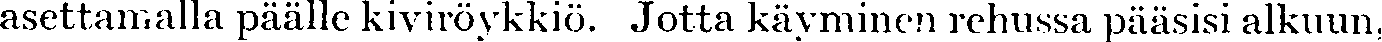
asettamalla päälle kiviröykkiö. Jotta käyminen rehussa pääsisi alkuun,